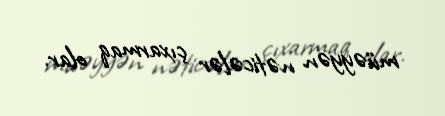
müəyyən nəticələr çıxarmaq olar.